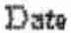
DATE